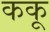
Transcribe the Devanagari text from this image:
ककू